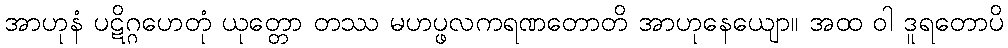
အာဟုနံ ပဋိဂ္ဂဟေတုံ ယုတ္တော တဿ မဟပ္ဖလကရဏတောတိ အာဟုနေယျော။ အထ ဝါ ဒူရတောပိ